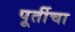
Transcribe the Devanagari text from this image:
पूर्तीचा